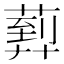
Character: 𦻢